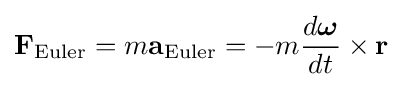
\mathbf {F} _{\mathrm {Euler} }=m\mathbf {a} _{\mathrm {Euler} }=-m{\frac {d{\boldsymbol {\omega }}}{dt}}\times \mathbf {r}